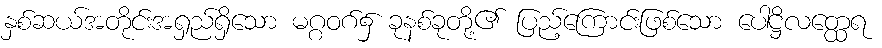
နှစ်ဆယ်အတိုင်းအရှည်ရှိသော မဂ္ဂဝဂ်၌ ခုနစ်ခုတို့၏ ပြည့်ကြောင်းဖြစ်သော ပေါဋ္ဌိလတ္ထေရ